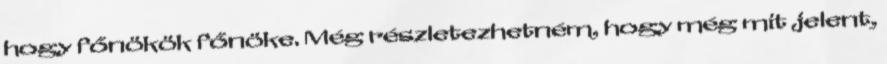
hogy főnökök főnöke. Még részletezhetném, hogy még mit jelent,